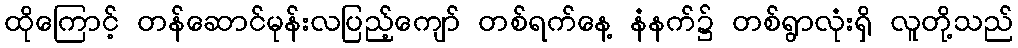
ထိုကြောင့် တန်ဆောင်မုန်းလပြည့်ကျော် တစ်ရက်နေ့ နံနက်၌ တစ်ရွာလုံးရှိ လူတို့သည်